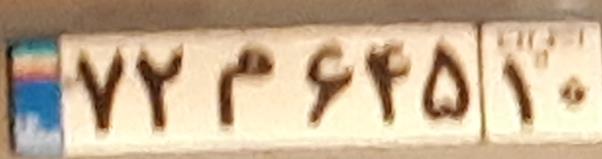
۷۲م۶۴۵۱۰